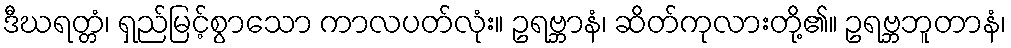
ဒီဃရတ္တံ၊ ရှည်မြင့်စွာသော ကာလပတ်လုံး။ ဥရဗ္ဘာနံ၊ ဆိတ်ကုလားတို့၏။ ဥရဗ္ဘဘူတာနံ၊